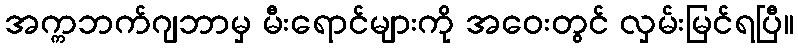
အက္ကဘက်ဂျဘာမှ မီးရောင်များကို အဝေးတွင် လှမ်းမြင်ရပြီ။